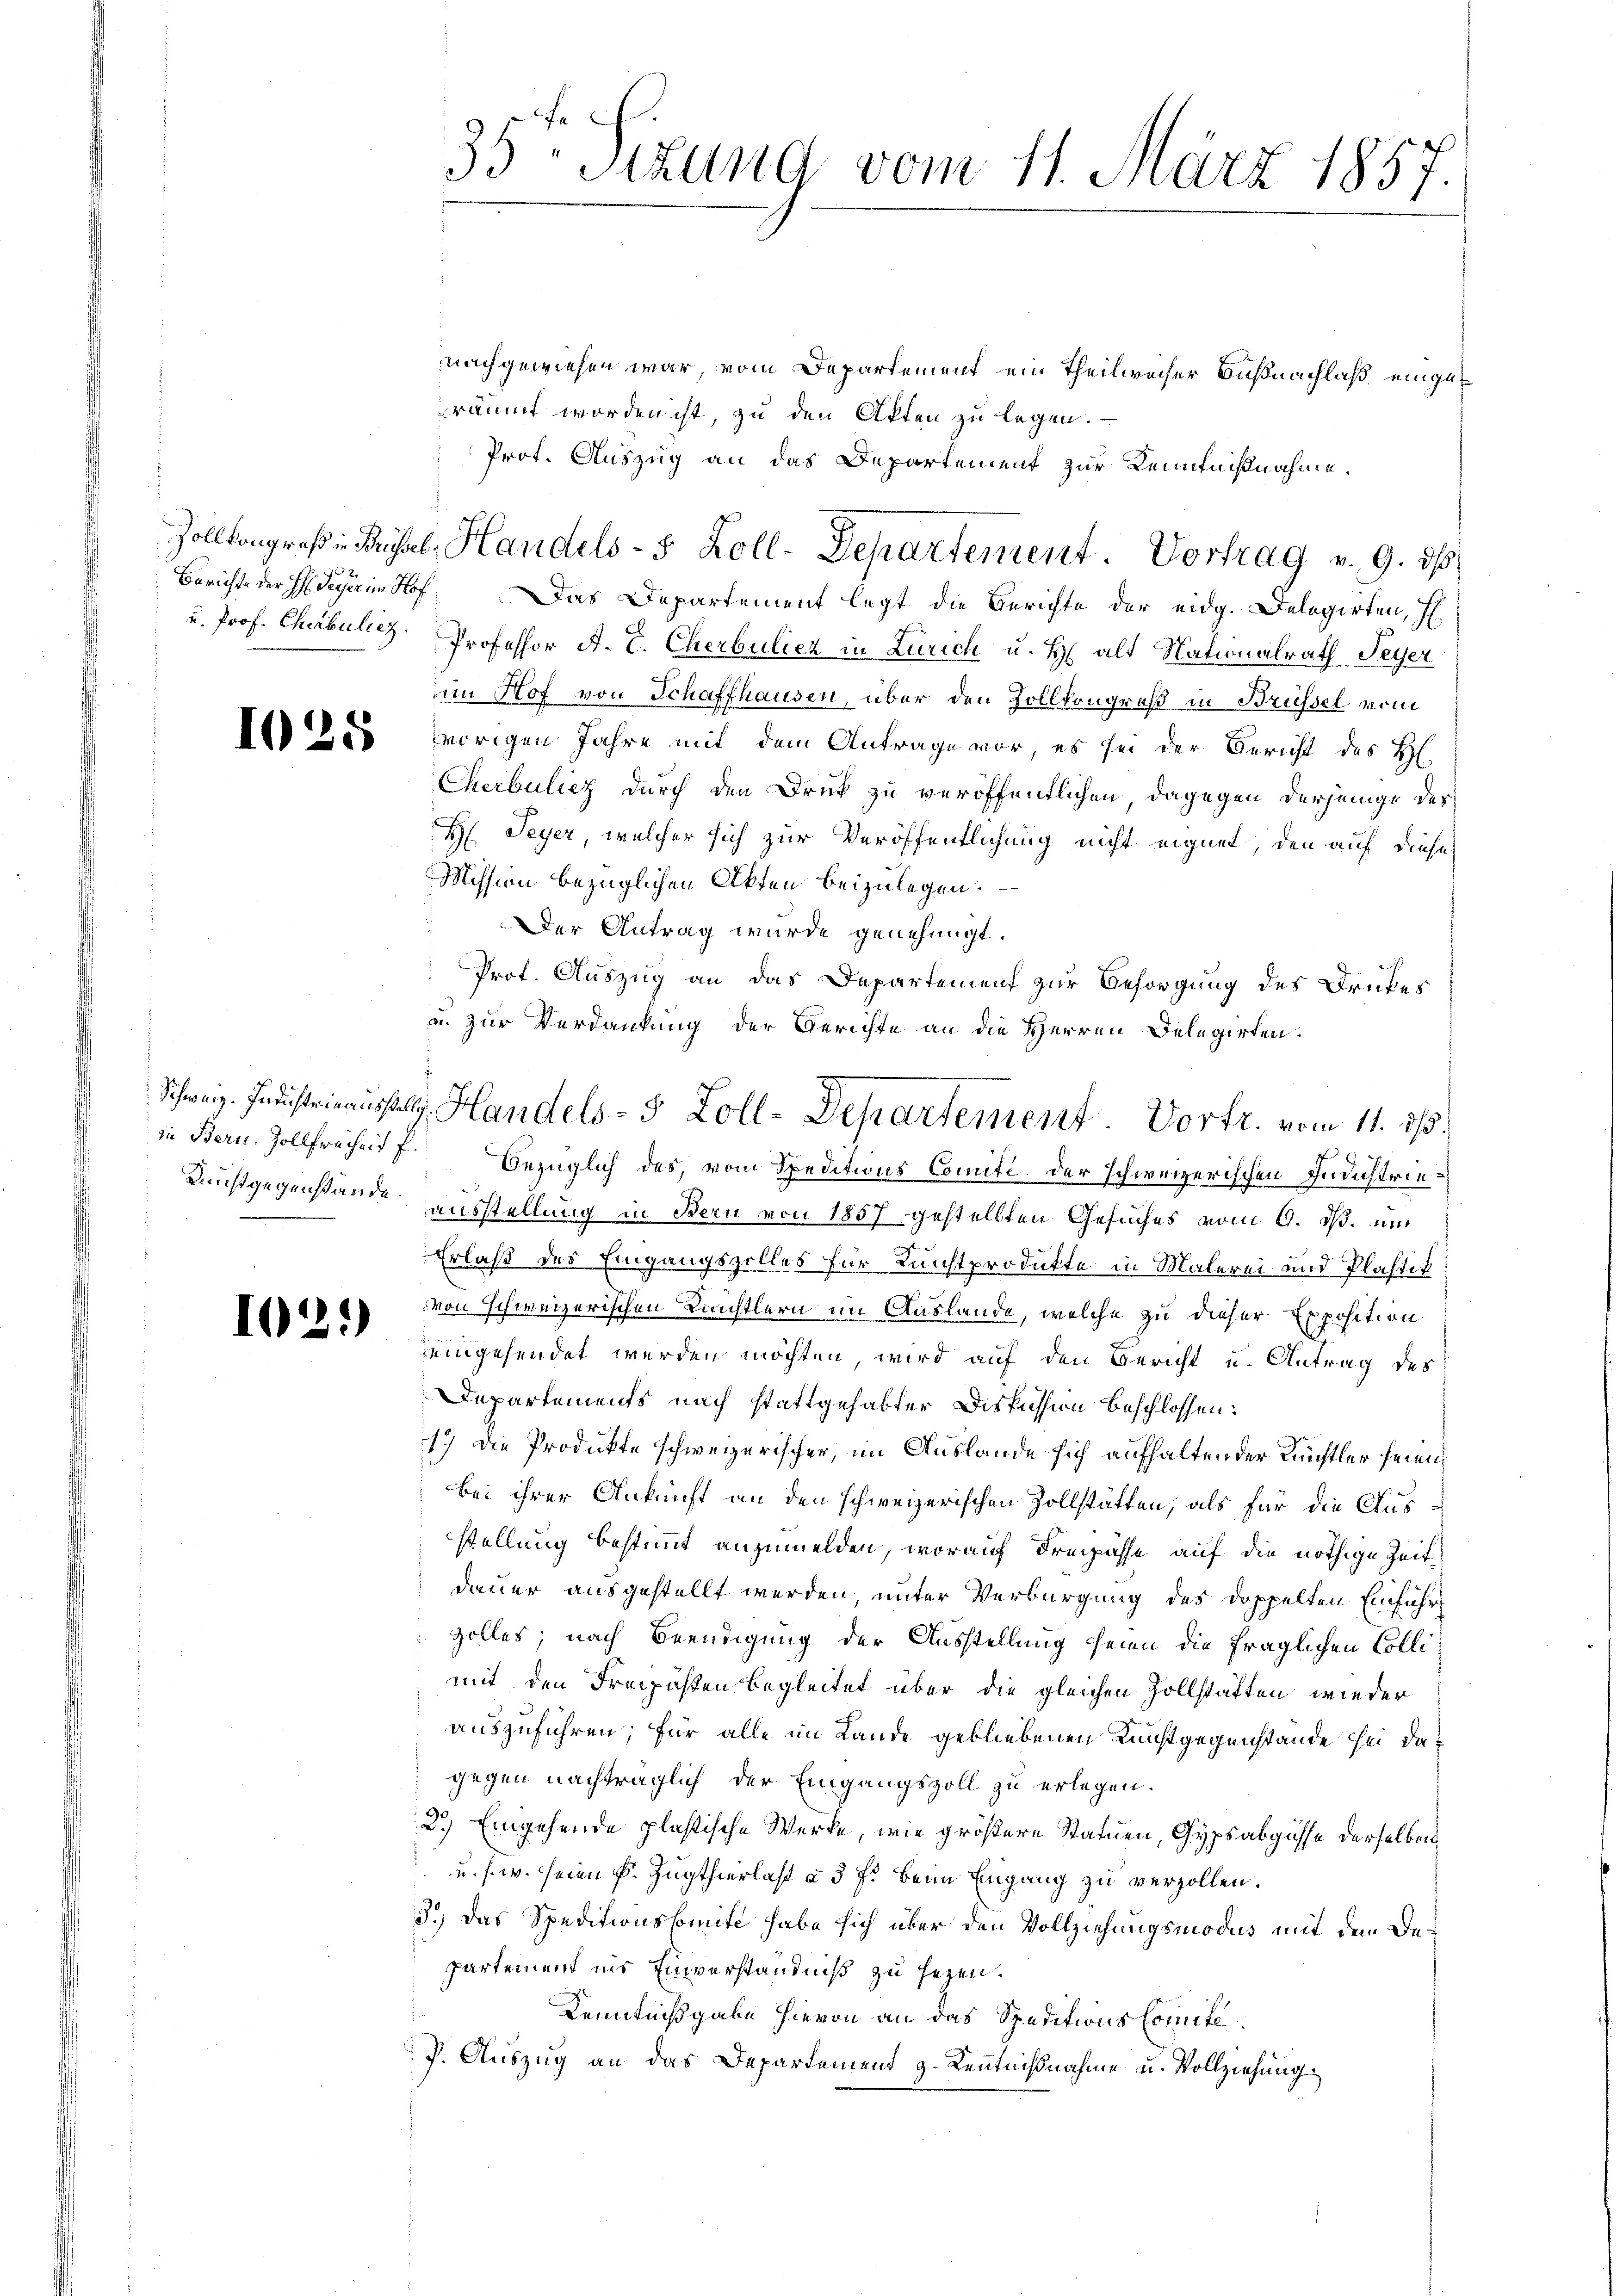
u. Prof. Churbuliez.

1025

in Bern. Zollfreiheit f
Kuchtgegenstände

1025)

35ten Sizung vom 11. März 1857.

nachgewiesen war, vom Departement ein Theilweiser Bußnachlaß eingeräumt worden ist, zu den Akten zu legen.
Prof. Auszug an das Departement zur Kenntnißnahme.
Berichte der Hedigenhof. Das Departement legt die Berichte der eidg. Delegirten, H
Professor A. E. Cherbuliez in Zürich u. H. alt Nationalrath Feyer
im Hof von Schaffhausen, über den Zollkongruß in Brüssel vom
vorigen Jahre mit dem Antrage vor, es sei der Bericht des Hl.
Cherbuliez durch den Druck zu veröffentlichen, dagegen derjenige des
H Seyer, welcher sich zur Veröffentlichung nicht eignet, den auf diese
Mission bezüglichen Akten beizulegen.
Der Antrag wurde genehmigt.
Prof. Auszug an das Departement zur Besorgung des Druker
u. zur Verdankung der Gerichte an die Herren Delegirten.
Bezüglich des, vom Speditions Comité der schweizerischen Industrieausstellung in Bern von 1857 gestellten Gesuches vom 9. ds. um
Erlaß des Eingangszolles für Kunstprodukte in Malerei und Plastit
von schweizerischen Künstlern im Auslande, welche zu dieser Exposition
eingehendet werden möchten, wird auf den Bericht u. Antrag des
Departements nach stattgehabter Diskussion beschlossen:
17) Die Produkte schweizerischer, im Auslande sich aufhaltender Richtler seinen
bei ihrer Ankunft an den schweizerischen Zollstätten, als für die Ausstellung bestimmt anzumelden, worauf Freipasse auf die nöthige Zeitdauer ausgestellt werden, unter Verbürgung des Doppelten Einführ
zolles; nach Beendigung der Ausstellung seien die fraglichen Collimit den Freipästen begleitet über die gleichen Zollstatten wieder
auszuführen; für alle im Lande gebliebenen Rechtgegenstände sei dagegen nachträglich der Eingangszoll zu erlegen.
2.) Eingehende plastische Werke, wie größere Statuen, Gypsabgüsse derselben
u. s. w. seien Fr. Zugthierlast à 3 f. beim Eingang zu verzollen.
3.) Das Speditionsbreite habe sich über den Vollziehungsmodus mit dem Bepartement ins Einverständniß zu sehen.
Kenntnißgabe hievon an das Speditions Comite.
P. Auszug an das Departement z. Kenntnißnahme u. Vollziehung

Zollkongreß in Rüssel. Handels- 5 Zoll-Departement. Vortrag v. 9. ds.

Schweiz. Indisteinausselg. Handels- 5 Zoll-Departement. Vorfr. vom 11. 313.